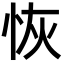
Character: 恢